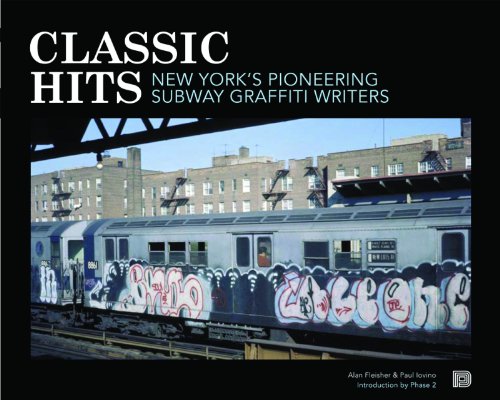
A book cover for Classic Hits: New York's Pioneering Subway Graffiti Writers; Alan Fleisher; Arts & Photography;